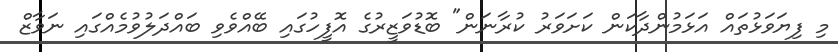
މި ފިޔަވަޅުތައް އަޅަމުންދާކަން ކަށަވަރު ކުރާނަން" ބޮޑުވަޒީރުގެ އޮފީހުގައި ބޭއްވެވި ބައްދަލުވުމެއްގައި ނަވާޒް